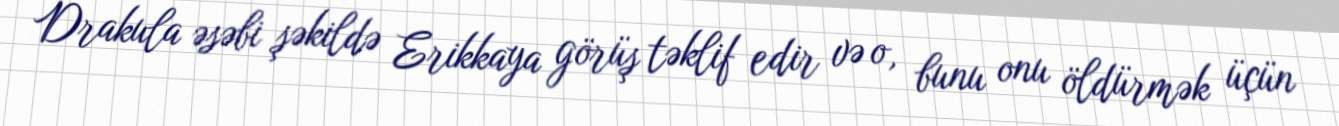
Drakula əsəbi şəkildə Erikkaya görüş təklif edir və o, bunu onu öldürmək üçün